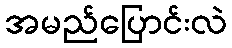
အမည်ပြောင်းလဲ